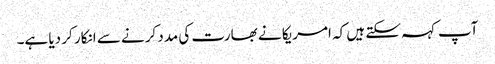
آپ کہہ سکتے ہیں کہ امریکا نے بھارت کی مدد کرنے سے انکار کر دیا ہے۔